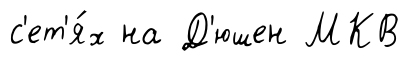
с'ет'я́х на Д'юшен МКВ